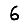
Digit: 6